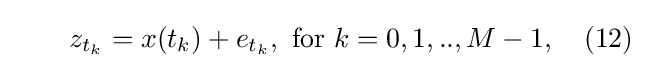
\qquad z_{t_{k}}=x(t_{k})+e_{t_{k}},{\text{ for }}k=0,1,..,M-1,\quad (12)